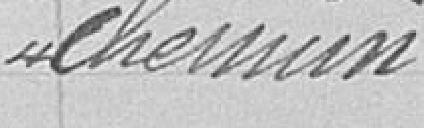
chemin.